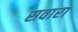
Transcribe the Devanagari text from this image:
सवारा